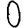
Digit: 0